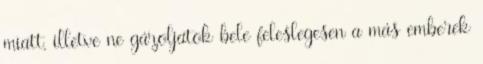
miatt, illetve ne gázoljatok bele feleslegesen a más emberek